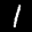
Label: 1